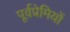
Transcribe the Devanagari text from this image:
पूर्वप्रेमियों